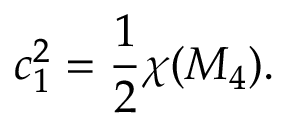
c _ { 1 } ^ { 2 } = \frac { 1 } { 2 } \chi ( { \cal M } _ { 4 } ) .